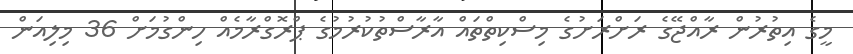
މީގެ އިތުރުން ރާއްޖޭގެ ރަށްރަށުގެ މިސްކިތްތައް އާރާސްތުކުރުމުގެ ޕްރޮގްރާމެއް ހިންގުމަށް 36 މިލިއަން